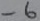
Text: -6